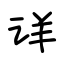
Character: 详